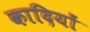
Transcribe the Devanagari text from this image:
कादियों